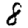
Digit: 8